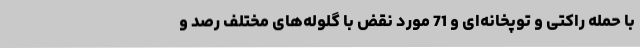
با حمله راکتی و توپخانه‌ای و 71 مورد نقض با گلوله‌های مختلف رصد و